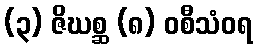
(၃) ဇိဃစ္ဆ (၈) ဝစီသံဝရ